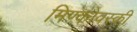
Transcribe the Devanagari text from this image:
मिण्कोवस्की